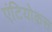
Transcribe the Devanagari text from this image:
एंटियोकस